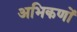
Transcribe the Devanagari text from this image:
अभिकणों